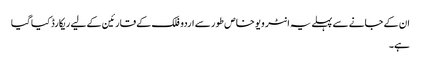
ان کے جانے سے پہلے یہ انٹر ویو خاص طور سے اردو فلک کے قارئین کے لیے ریکارڈ کیا گیا
ہے۔